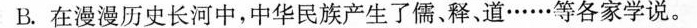
B.在漫漫历史长河中，中华民族产生了儒、释、道……等各家学说。